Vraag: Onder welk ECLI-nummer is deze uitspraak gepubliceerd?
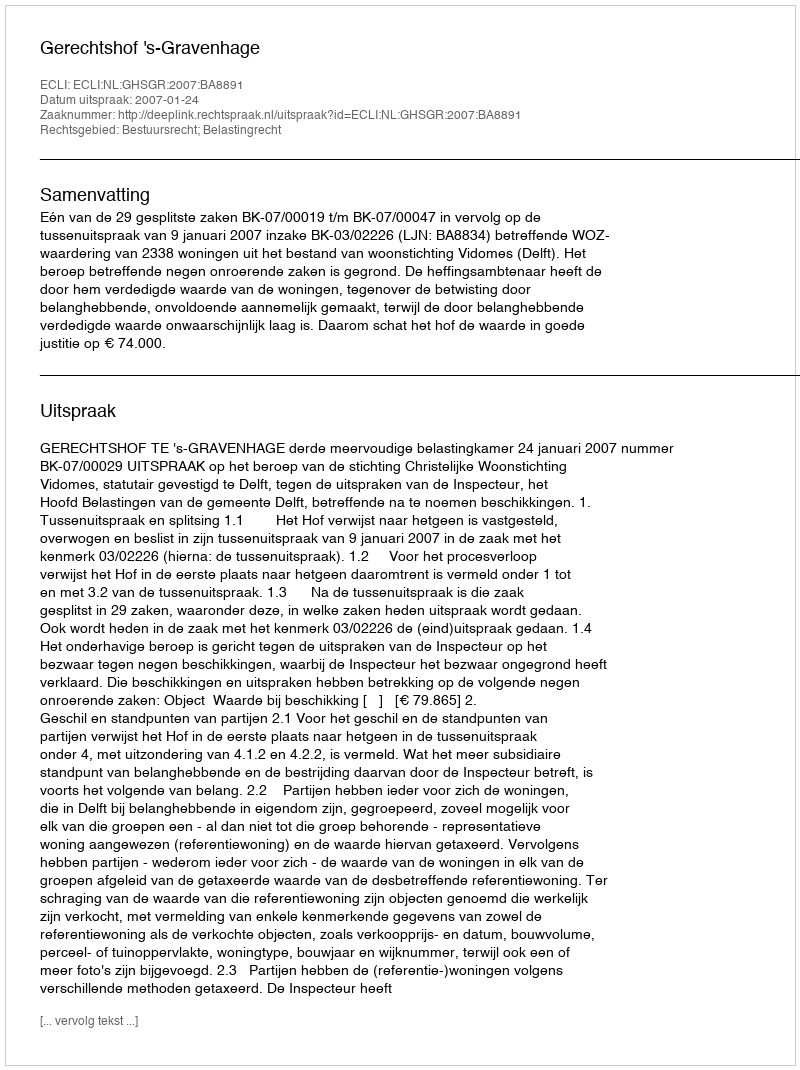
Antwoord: ECLI:NL:GHSGR:2007:BA8891